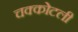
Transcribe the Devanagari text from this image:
चक्कोटली